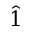
\hat { 1 }